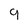
Character: 9